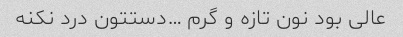
عالی بود نون تازه و گرم …دستتون درد نکنه